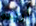
أريده